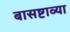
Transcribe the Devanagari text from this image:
बासष्टाव्या